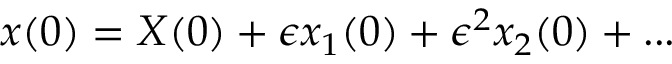
x ( 0 ) = X ( 0 ) + \epsilon x _ { 1 } ( 0 ) + \epsilon ^ { 2 } x _ { 2 } ( 0 ) + . . .